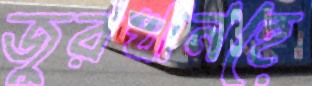
জুরখানহে